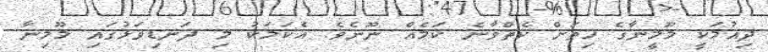
ދިއުމަކީ މޫމީނާގެ ހިތަށް ކެތްވާނެ ކަމެއް ނޫނެވެ. އެކަމަކު މި ދަނޑިވަޅުގައި މޫމިނާ